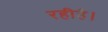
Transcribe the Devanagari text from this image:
रहीहै।